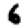
Digit: 6